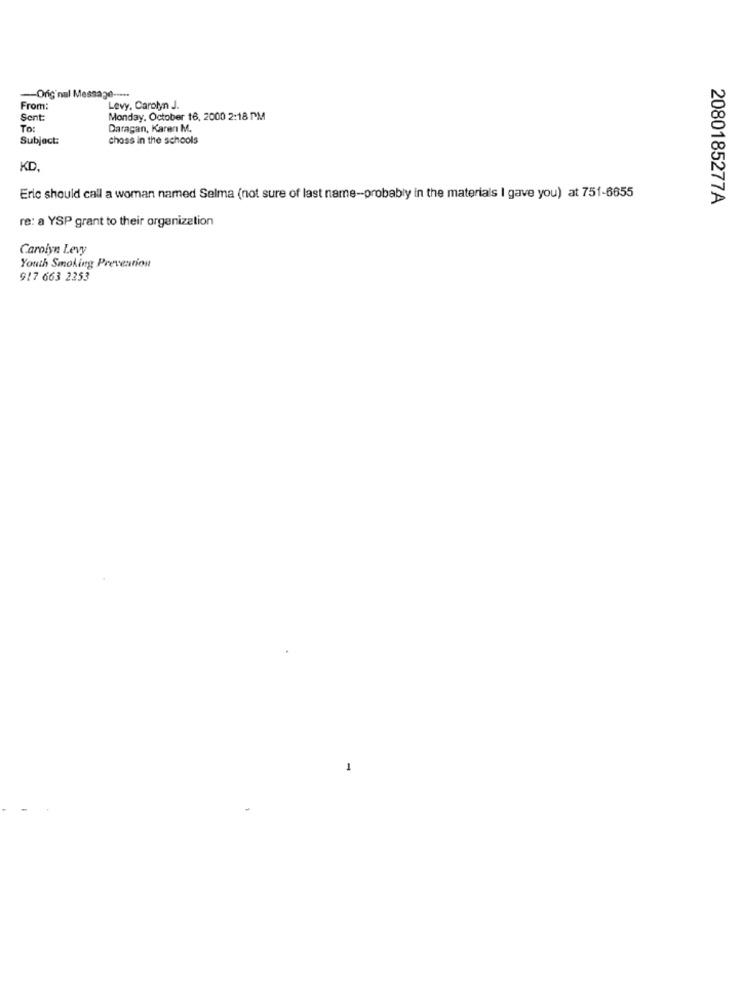
-Original Message --...
From:
Levy, Carolyn J.
Sent
Monday, October 16, 2000 2:18 PM
To:
Daragan, Karen M.
Subject:
chass in the schools
KD.
Eric should call a woman named Selma (not sure of last name-probably in the materials I gave you) at 751-6655
2080185277A
re: a YSP grant to their organization
Carolyn Levy
Youth Smoking Prevention
917 663 2253
1